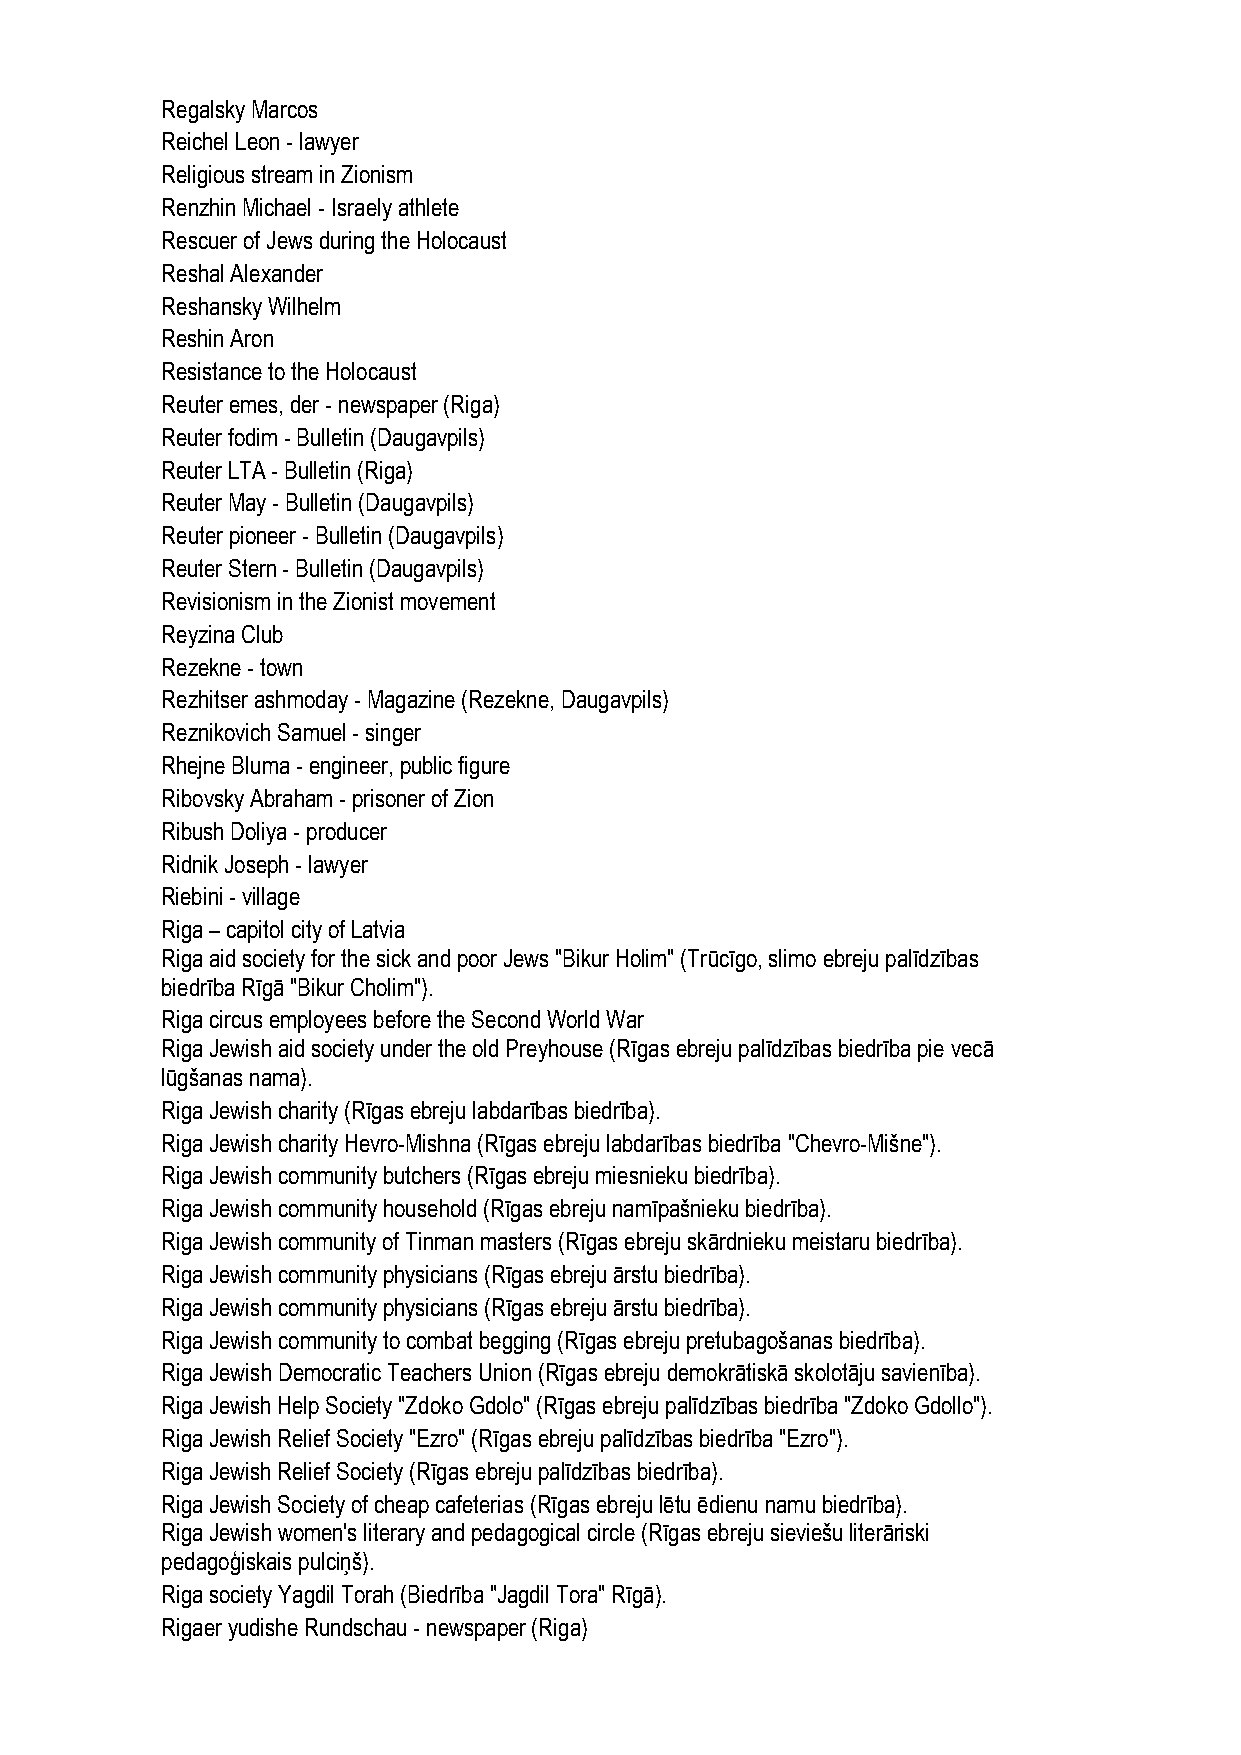
Regalsky Marcos
 Reichel Leon - lawyer
 Religious stream in Zionism
 Renzhin Michael - Israely athlete
 Rescuer of Jews during the Holocaust
 Reshal Alexander
 Reshansky Wilhelm
 Reshin Aron
 Resistance to the Holocaust
 Reuter emes, der - newspaper (Riga)
 Reuter fodim - Bulletin (Daugavpils)
 Reuter LTA - Bulletin (Riga)
 Reuter May - Bulletin (Daugavpils)
 Reuter pioneer - Bulletin (Daugavpils)
 Reuter Stern - Bulletin (Daugavpils)
 Revisionism in the Zionist movement
 Reyzina Club
 Rezekne - town
 Rezhitser ashmoday - Magazine (Rezekne, Daugavpils)
 Reznikovich Samuel - singer
 Rhejne Bluma - engineer, public figure
 Ribovsky Abraham - prisoner of Zion
 Ribush Doliya - producer
 Ridnik Joseph - lawyer
 Riebini - village
 Riga – capitol city of Latvia
 Riga aid society for the sick and poor Jews "Bikur Holim" (Trūcīgo, slimo ebreju palīdzības
 biedrība Rīgā "Bikur Cholim").
 Riga circus employees before the Second World War
 Riga Jewish aid society under the old Preyhouse (Rīgas ebreju palīdzības biedrība pie vecā
 lūgšanas nama).
 Riga Jewish charity (Rīgas ebreju labdarības biedrība).
 Riga Jewish charity Hevro-Mishna (Rīgas ebreju labdarības biedrība "Chevro-Mišne").
 Riga Jewish community butchers (Rīgas ebreju miesnieku biedrība).
 Riga Jewish community household (Rīgas ebreju namīpašnieku biedrība).
 Riga Jewish community of Tinman masters (Rīgas ebreju skārdnieku meistaru biedrība).
 Riga Jewish community physicians (Rīgas ebreju ārstu biedrība).
 Riga Jewish community physicians (Rīgas ebreju ārstu biedrība).
 Riga Jewish community to combat begging (Rīgas ebreju pretubagošanas biedrība).
 Riga Jewish Democratic Teachers Union (Rīgas ebreju demokrātiskā skolotāju savienība).
 Riga Jewish Help Society "Zdoko Gdolo" (Rīgas ebreju palīdzības biedrība "Zdoko Gdollo").
 Riga Jewish Relief Society "Ezro" (Rīgas ebreju palīdzības biedrība "Ezro").
 Riga Jewish Relief Society (Rīgas ebreju palīdzības biedrība).
 Riga Jewish Society of cheap cafeterias (Rīgas ebreju lētu ēdienu namu biedrība).
 Riga Jewish women's literary and pedagogical circle (Rīgas ebreju sieviešu literāriski
 pedagoģiskais pulciņš).
 Riga society Yagdil Torah (Biedrība "Jagdil Tora" Rīgā).
 Rigaer yudishe Rundschau - newspaper (Riga)